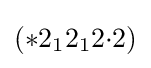
(*2_{1}2_{1}2{\cdot }2)